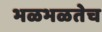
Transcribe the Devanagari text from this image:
भळभळतेच